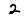
Digit: 2